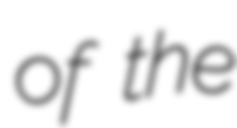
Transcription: of the